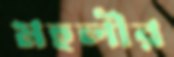
মহলীর